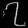
Digit: ၇